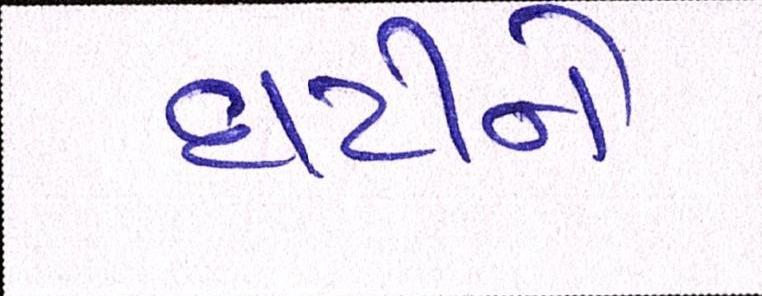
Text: ઘટીને